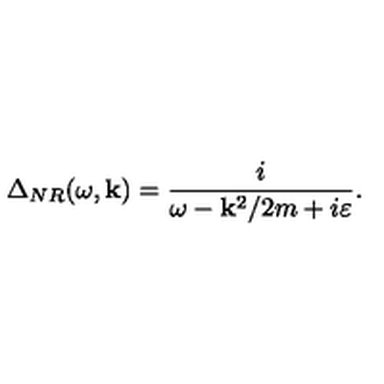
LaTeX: \Delta _ { N R } ( \omega , { \bf k } ) = \frac i { \omega - { \bf k } ^ { 2 } / 2 m + i \varepsilon } .